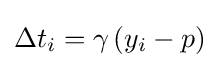
{\textstyle \Delta t_{i}=\gamma \left(y_{i}-p\right)}